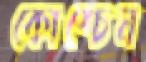
কোশ্চেন